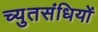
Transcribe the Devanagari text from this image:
च्युतसंधियों